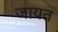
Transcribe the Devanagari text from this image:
जायत